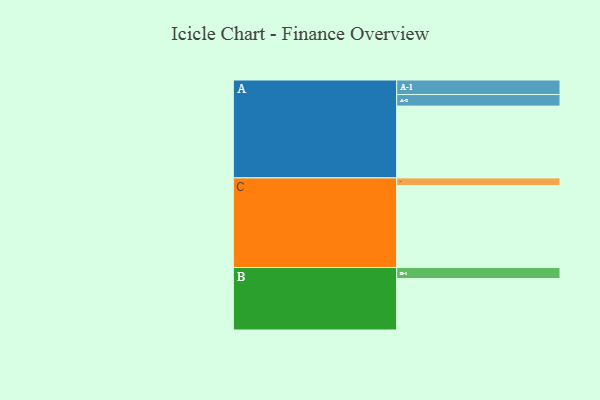
{"axis": {"x": "Segment", "y": "Value"}, "legend": ["", "A", "B", "C"], "data": [{"x": "A", "y": 484, "type": ""}, {"x": "B", "y": 347, "type": ""}, {"x": "C", "y": 553, "type": ""}, {"x": "A-1", "y": 98, "type": "A"}, {"x": "A-2", "y": 78, "type": "A"}, {"x": "B-1", "y": 74, "type": "B"}, {"x": "C-1", "y": 51, "type": "C"}]}